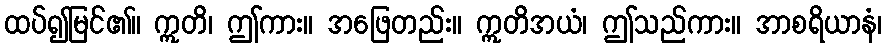
ထပ်၍မြင်၏။ ဣတိ၊ ဤကား။ အဖြေတည်း။ ဣတိအယံ၊ ဤသည်ကား။ အာစရိယာနံ၊